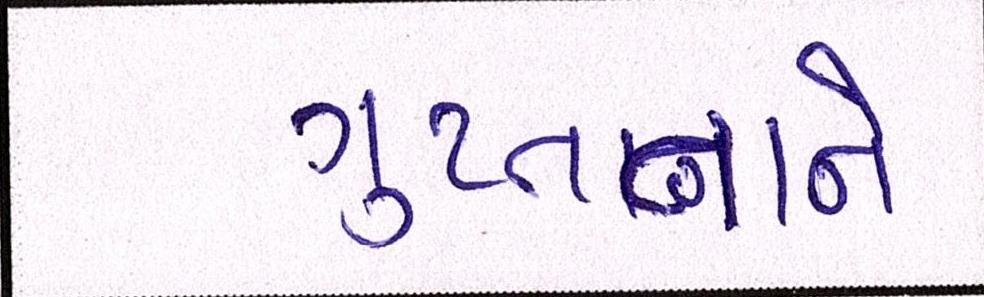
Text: ગુપ્તતાને